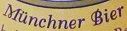
Munchner Bier